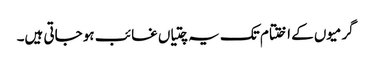
گرمیوں کے اختتام تک یہ چتیاں غائب ہو جاتی ہیں۔